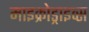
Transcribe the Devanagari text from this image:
माइक्रोड्राइव्स